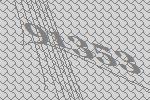
91353